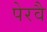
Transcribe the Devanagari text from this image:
पेरवै